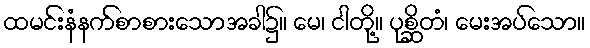
ထမင်းနံနက်စာစားသောအခါ၌။ မေ၊ ငါတို့။ ပုစ္ဆိတံ၊ မေးအပ်သော။